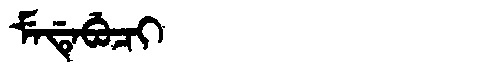
Manchu: ᠮᡝᡩᡝᠪᡠᠴᡳ
Romanization: MEDEBUCI